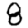
Digit: 8